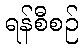
ရန်စီစဉ်